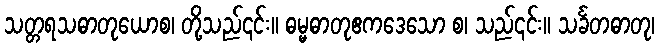
သတ္တရသဓာတုယောစ၊ တို့သည်၎င်း။ ဓမ္မဓာတုဧကဒေသော စ၊ သည်၎င်း။ သင်္ခတဓာတု၊